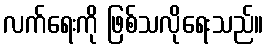
လက်ရေးကို ဖြစ်သလိုရေးသည်။